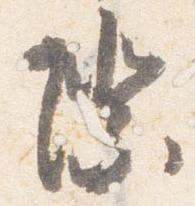
際